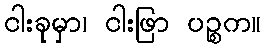
ငါးခုမှာ၊ ငါးဖြာ ပဉ္စက။